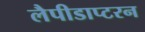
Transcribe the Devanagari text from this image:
लैपीडाप्टरन